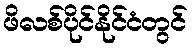
ဖိလစ်ပိုင်နိုင်ငံတွင်